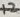
Text: 12